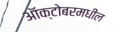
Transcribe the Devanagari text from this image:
ऑक्टोबरमधील